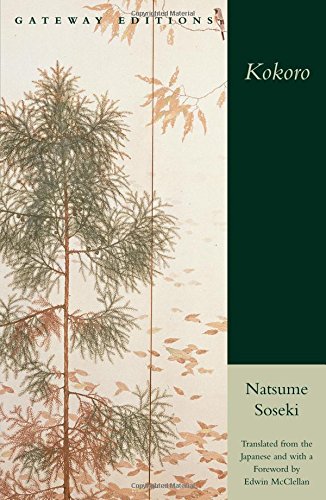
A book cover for Kokoro; Natsume Soseki; Literature & Fiction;